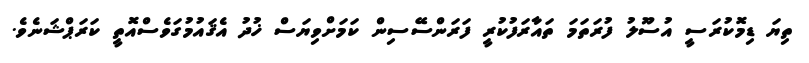
ތިޔަ ޑިމޮކުރަސީ އުސޫލު ފުރަތަމަ ތައާރަފުކުރީ ފަރަންސޭސިން ކަމަށްވިޔަސް ޚުދު އެޤައުމުގަވެސްއޮތީ ކަރަޕްޝަނެވެ.